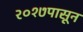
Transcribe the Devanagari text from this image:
२०१७पासून